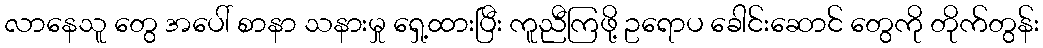
လာနေသူ တွေ အပေါ် စာနာ သနားမှု ရှေ့ထားပြီး ကူညီကြဖို့ ဥရောပ ခေါင်းဆောင် တွေကို တိုက်တွန်း